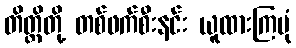
တိတ္ထိတို့ တစ်ဖက်စီးနင်း ယူထားကြပုံ